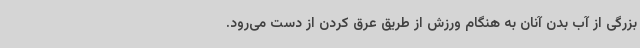
بزرگی از آب بدن آنان به هنگام ورزش از طریق عرق کردن از دست می‌رود.